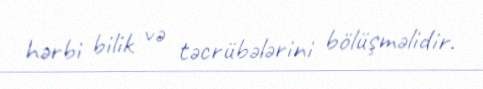
hərbi bilik və təcrübələrini bölüşməlidir.